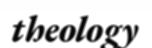
theology